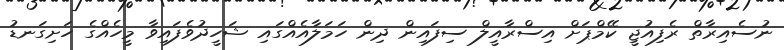
ނުސެއިރާތް ރެފިއުޖީ ކޭމްޕަށް އިސްރާއީލް ސިފައިން ދިން ހަމަލާއެއްގައި ޝަހީދުވެފައިވާ މީހެއްގެ ހަށިގަނޑު